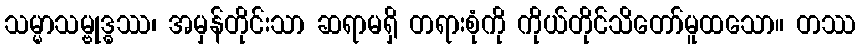
သမ္မာသမ္ဗုဒ္ဓဿ၊ အမှန်တိုင်းသာ ဆရာမရှိ တရားစုံကို ကိုယ်တိုင်သိတော်မူထသော။ တဿ